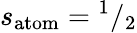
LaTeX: s_{\mathrm{atom}}={}^{1}/_{2}